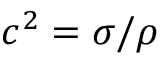
c ^ { 2 } = \sigma / \rho